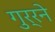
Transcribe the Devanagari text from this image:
गुर्रने